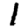
Digit: 1